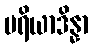
ပရိယာဒိန္နာ